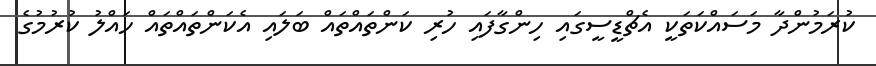
ކުރަމުންދާ މަސައްކަތަކީ އެޗްޑީސީގައި ހިންގާފައި ހުރި ކަންތައްތައް ބަލައި އެކަންތައްތައް ހައްލު ކުރުމުގެ